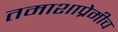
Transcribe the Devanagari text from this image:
तमाशाप्रेमीच